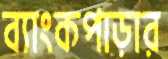
ব্যাংকপাড়ার